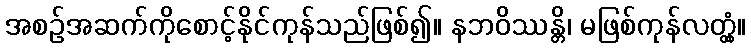
အစဉ်အဆက်ကိုစောင့်နိုင်ကုန်သည်ဖြစ်၍။ နဘဝိဿန္တိ၊ မဖြစ်ကုန်လတ္တံ့။